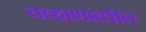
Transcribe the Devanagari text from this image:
चव्हाणांवरील